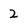
Character: 2